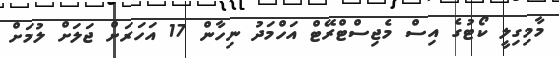
މާމިގިލީ ކޯޓުގެ އިސް މެޖިސްޓްރޭޓް އަހްމަދު ނިހާން 17 އަހަރަށް ޖަލަށް ލުމަށް